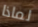
لماذا